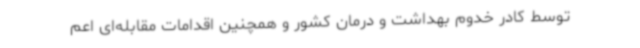
توسط کادر خدوم بهداشت و درمان کشور و همچنین اقدامات مقابله‌ای اعم